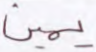
يمين